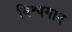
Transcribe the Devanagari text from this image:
विश्वगान